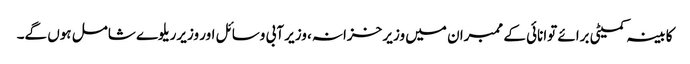
کابینہ کمیٹی برائے توانائی کے ممبران میں وزیر خزانہ، وزیر آبی وسائل اور وزیرریلوے شامل ہوں گے۔